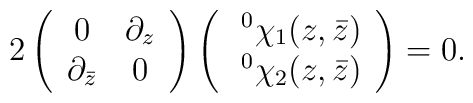
2\left(\begin{array}{cc}0&\partial_z\\\partial_{\bar{z}}&0\end{array}\right)\left(\begin{array}{c}\;^0\chi_1(z,\bar{z})\\\;^0\chi_2(z,\bar{z})\end{array}\right)=0 .